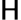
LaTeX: \sf H